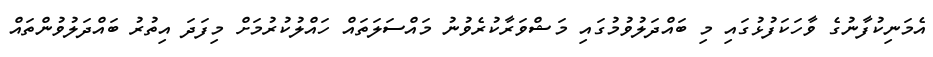
އެމަނިކުފާނުގެ ވާހަކަފުޅުގައި މި ބައްދަލުވުމުގައި މަޝްވަރާކުރެވުނު މައްސަލަތައް ހައްލުކުރުމަށް މިފަދަ އިތުރު ބައްދަލުވުންތައް